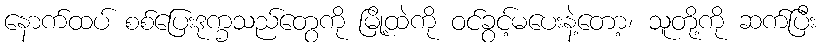
နောက်ထပ် စစ်ပြေးဒုက္ခသည်တွေကို မြို့ထဲကို ဝင်ခွင့်မပေးနဲ့တော့၊ သူတို့ကို ဆက်ပြီး